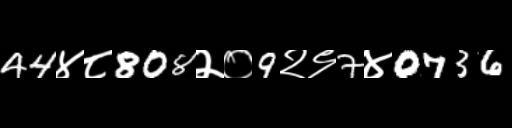
Text: 44४८808२०9२९7४0736